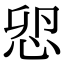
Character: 𢘴